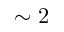
\sim 2